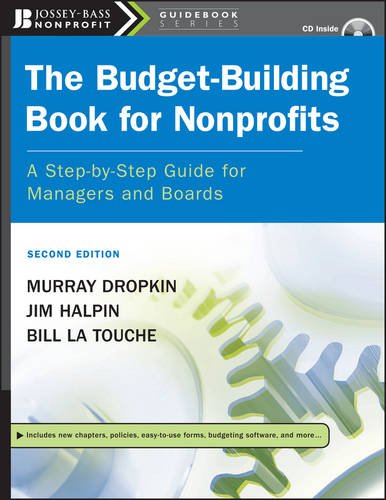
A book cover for The Budget-Building Book for Nonprofits: A Step-by-Step Guide for Managers and Boards; Murray Dropkin; Business & Money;